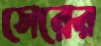
সেরের